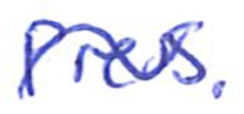
Text: Press.
Cross-out: wave
Writing tool: ballpoint